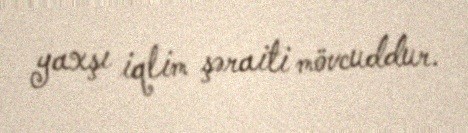
yaxşı iqlim şəraiti mövcuddur.